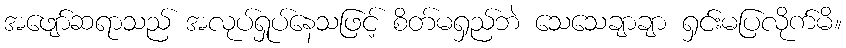
အဖျော်ဆရာသည် အလုပ်ရှုပ်နေသဖြင့် စိတ်မရှည်ဘဲ သေသေချာချာ ရှင်းမပြလိုက်မိ။